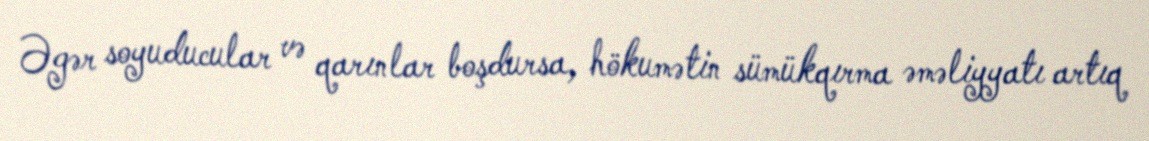
Əgər soyuducular və qarınlar boşdursa, hökumətin sümükqırma əməliyyatı artıq